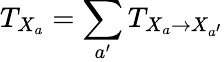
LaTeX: T_{X_{a}}=\sum_{a^{\prime}}T_{X_{a}\rightarrow X_{a^{\prime}}}